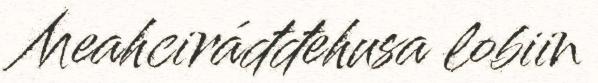
Meahciráđđehusa lobiin